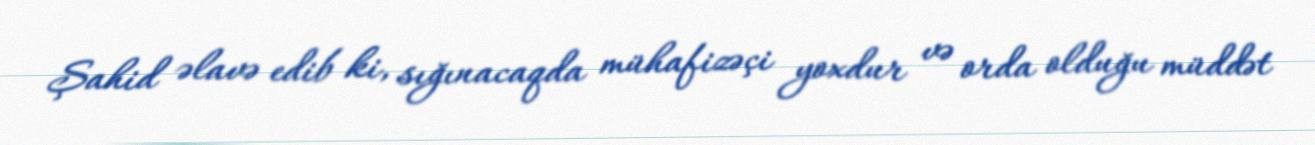
Şahid əlavə edib ki, sığınacaqda mühafizəçi yoxdur və orda olduğu müddət